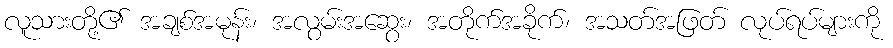
လူသားတို့၏ အချစ်အမုန်း၊ အလွမ်းအဆွေး၊ အတိုက်အခိုက်၊ အသတ်အဖြတ် လုပ်ရပ်များကို